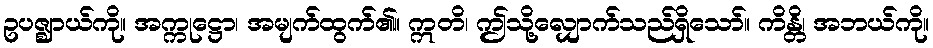
ဥပဇ္ဈာယ်ကို။ အက္ကုဋ္ဌော၊ အမျက်ထွက်၏။ ဣတိ၊ ဤသို့လျှောက်သည်ရှိသော်။ ကိန္တိ၊ အဘယ်ကို။